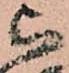
被